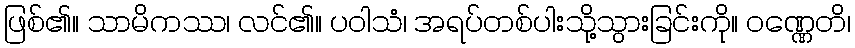
ဖြစ်၏။ သာမိကဿ၊ လင်၏။ ပဝါသံ၊ အရပ်တစ်ပါးသို့သွားခြင်းကို။ ဝဏ္ဏေတိ၊